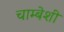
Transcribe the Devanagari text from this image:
चाम्बेशी